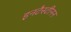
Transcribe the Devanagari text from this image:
इनटैस्टीनन